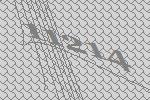
11214